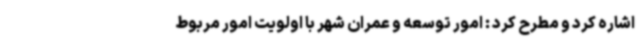
اشاره کرد و مطرح کرد : امور توسعه و عمران شهر با اولویت امور مربوط